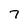
Character: 7